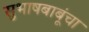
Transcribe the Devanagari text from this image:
सुभाषबाबूंचा